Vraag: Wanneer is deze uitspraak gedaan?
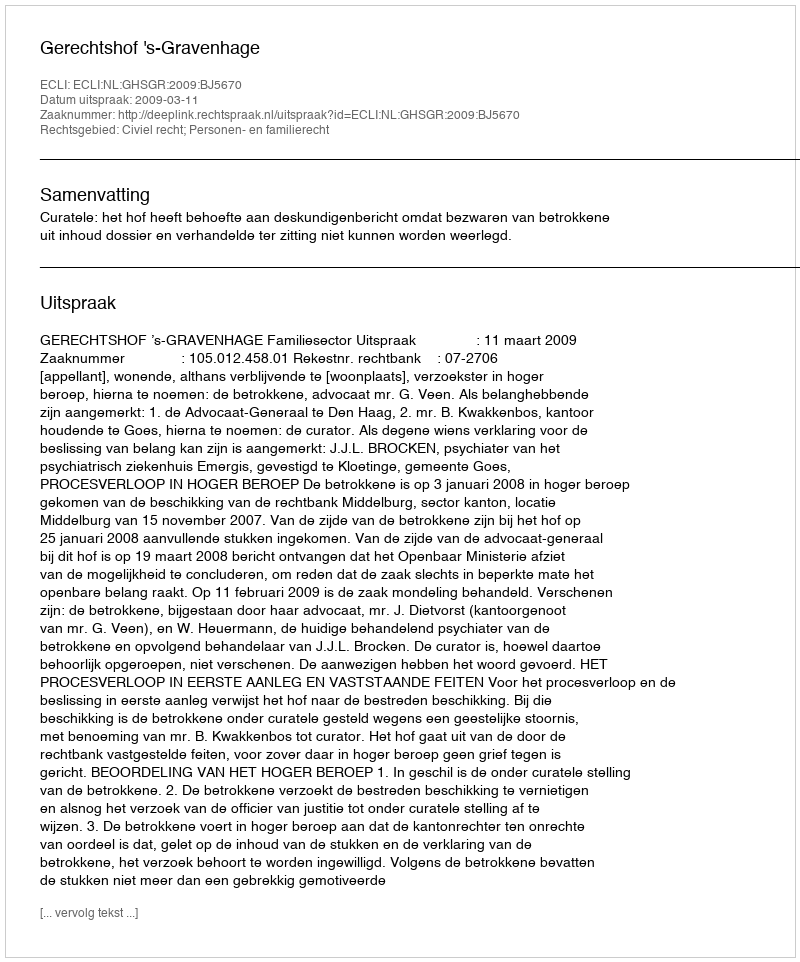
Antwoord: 2009-03-11